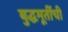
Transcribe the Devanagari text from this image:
बुद्धमूर्तीची